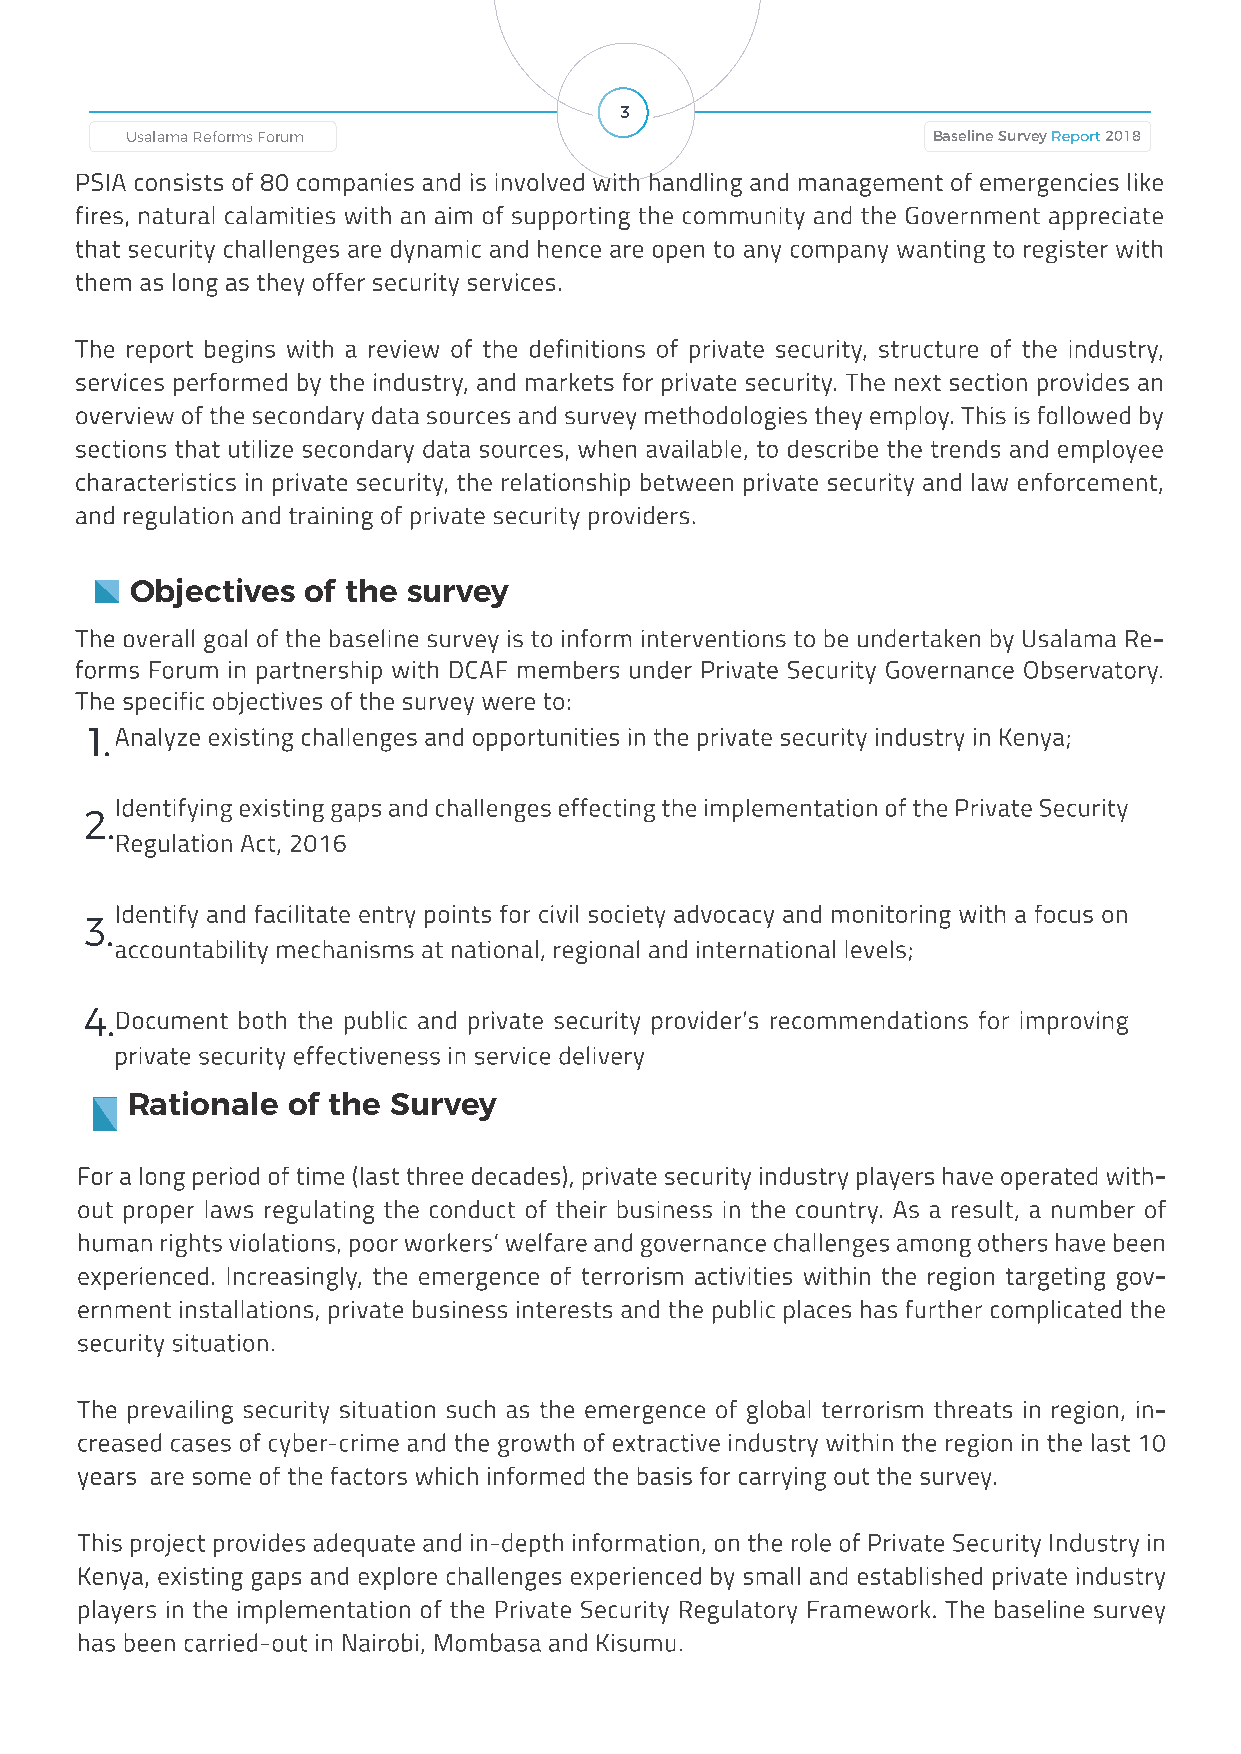
3
 Baseline Survey Report 2018 Usalama Reforms Forum Usalama Reforms Forum Baseline Survey Report 2018
 PSIA consists of 80 companies and is involved with handling and management of emergencies like
 fires, natural calamities with an aim of supporting the community and the Government appreciate
 that security challenges are dynamic and hence are open to any company wanting to register with
 them as long as they offer security services.
 The report begins with a review of the definitions of private security, structure of the industry,
 services performed by the industry, and markets for private security. The next section provides an
 overview of the secondary data sources and survey methodologies they employ. This is followed by
 sections that utilize secondary data sources, when available, to describe the trends and employee
 characteristics in private security, the relationship between private security and law enforcement,
 and regulation and training of private security providers.
 Objectives of the survey
 The overall goal of the baseline survey is to inform interventions to be undertaken by Usalama Re-
 forms Forum in partnership with DCAF members under Private Security Governance Observatory.
 The specific objectives of the survey were to:
 1.Analyze existing challenges and opportunities in the private security industry in Kenya;
 Identifying existing gaps and challenges effecting the implementation of the Private Security
 2.
 Regulation Act, 2016
 Identify and facilitate entry points for civil society advocacy and monitoring with a focus on
 3.
 accountability mechanisms at national, regional and international levels;
 4.Document both the public and private security provider’s recommendations for improving
 private security effectiveness in service delivery
 Rationale  of the Survey
 For a long period of time (last three decades), private security industry players have operated with-
 out proper laws regulating the conduct of their business in the country. As a result, a number of
 human rights violations, poor workers’ welfare and governance challenges among others have been
 experienced. Increasingly, the emergence of terrorism activities within the region targeting gov-
 ernment installations, private business interests and the public places has further complicated the
 security situation.
 The prevailing security situation such as the emergence of global terrorism threats in region, in-
 creased cases of cyber-crime and the growth of extractive industry within the region in the last 10
 years are some of the factors which informed the basis for carrying out the survey.
 This project provides adequate and in-depth information, on the role of Private Security Industry in
 Kenya, existing gaps and explore challenges experienced by small and established private industry
 players in the implementation of the Private Security Regulatory Framework. The baseline survey
 has been carried-out in Nairobi, Mombasa and Kisumu.